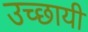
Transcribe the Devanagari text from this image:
उच्छायी